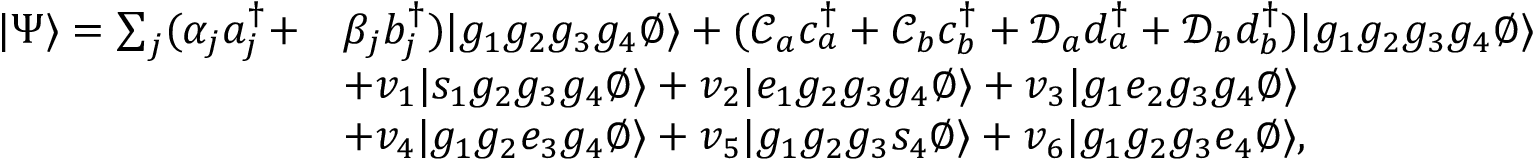
\begin{array} { r l } { | \Psi \rangle = \sum _ { j } ( \alpha _ { j } a _ { j } ^ { \dag } + } & { \beta _ { j } b _ { j } ^ { \dag } ) | g _ { 1 } g _ { 2 } g _ { 3 } g _ { 4 } \emptyset \rangle + ( \mathcal { C } _ { a } c _ { a } ^ { \dag } + \mathcal { C } _ { b } c _ { b } ^ { \dag } + \mathcal { D } _ { a } d _ { a } ^ { \dag } + \mathcal { D } _ { b } d _ { b } ^ { \dag } ) | g _ { 1 } g _ { 2 } g _ { 3 } g _ { 4 } \emptyset \rangle } \\ & { + v _ { 1 } | s _ { 1 } g _ { 2 } g _ { 3 } g _ { 4 } \emptyset \rangle + v _ { 2 } | e _ { 1 } g _ { 2 } g _ { 3 } g _ { 4 } \emptyset \rangle + v _ { 3 } | g _ { 1 } e _ { 2 } g _ { 3 } g _ { 4 } \emptyset \rangle } \\ & { + v _ { 4 } | g _ { 1 } g _ { 2 } e _ { 3 } g _ { 4 } \emptyset \rangle + v _ { 5 } | g _ { 1 } g _ { 2 } g _ { 3 } s _ { 4 } \emptyset \rangle + v _ { 6 } | g _ { 1 } g _ { 2 } g _ { 3 } e _ { 4 } \emptyset \rangle , } \end{array}